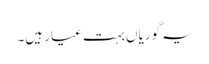
یہ گوریاں بہت عیار ہیں۔